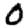
Digit: 0